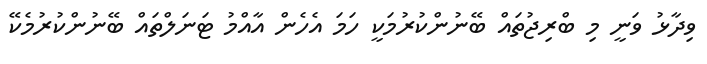
ވިދާޅު ވަނީ މި ބްރިޖުތައް ބޭނުންކުރުމަކީ ހަމަ އެހެން އާއްމު ޓަނަލްތައް ބޭނުންކުރުމެކޭ